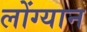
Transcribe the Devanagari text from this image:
लोंग्यान